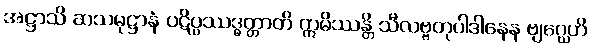
အဋ္ဌာသိ ဆသမုဋ္ဌာနံ ပဋိပ္ပဿဒ္ဓတ္တာတိ ဣမိဿန္တိ သီလဗ္ဗတုပါဒါနေန ဗျဂ္ဃေဟိ